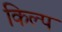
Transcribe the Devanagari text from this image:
किल्प